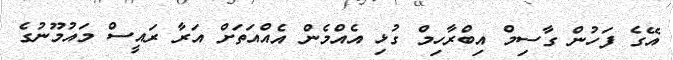
އޭގެ ފަހުން ގާސިމް އިބްރާހިމް ގުޅި އެއްމެން އެއްއަތަށް އަރާ ރައީސް މައުމޫނުގެ